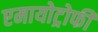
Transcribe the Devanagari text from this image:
एमायोट्रोफी